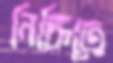
নিক্তিতে